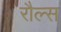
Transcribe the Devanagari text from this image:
रौल्स